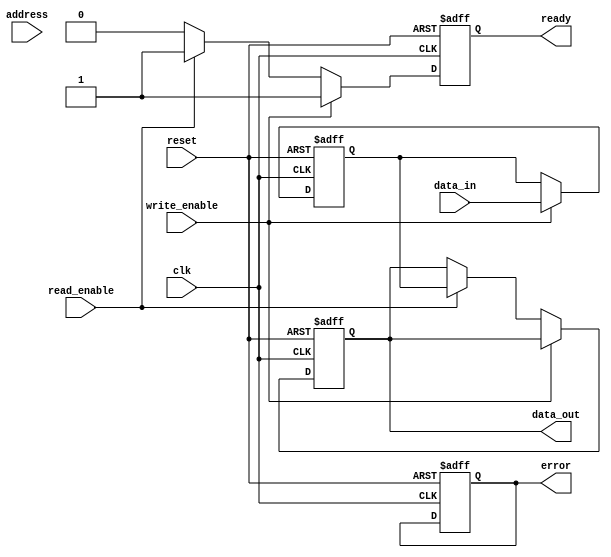
module pcm_io_block (
    input wire clk,
    input wire reset,
    input wire [7:0] data_in,
    output wire [7:0] data_out,
    input wire read_enable,
    input wire write_enable,
    input wire [15:0] address,
    output wire ready,
    output wire error
);

// Internal signals
reg [7:0] data_latch;
reg [7:0] output_buffer;
reg ready_reg;
reg error_reg;

// Control Logic
always @(posedge clk or posedge reset) begin
    if (reset) begin
        ready_reg <= 1'b0;
        error_reg <= 1'b0;
        data_latch <= 8'b0;
        output_buffer <= 8'b0;
    end else begin
        if (write_enable) begin
            // Write operation
            data_latch <= data_in;
            // Simulate write driver action
            // (In a real design, this would involve generating programming pulses)
            ready_reg <= 1'b1; // Indicate operation is complete
        end else if (read_enable) begin
            // Read operation
            output_buffer <= data_latch; // Simulate read from data latch
            ready_reg <= 1'b1; // Indicate operation is complete
        end else begin
            ready_reg <= 1'b0; // No operation
        end
    end
end

// Output assignments
assign data_out = output_buffer;
assign ready = ready_reg;
assign error = error_reg; // Error handling can be implemented as needed

endmodule